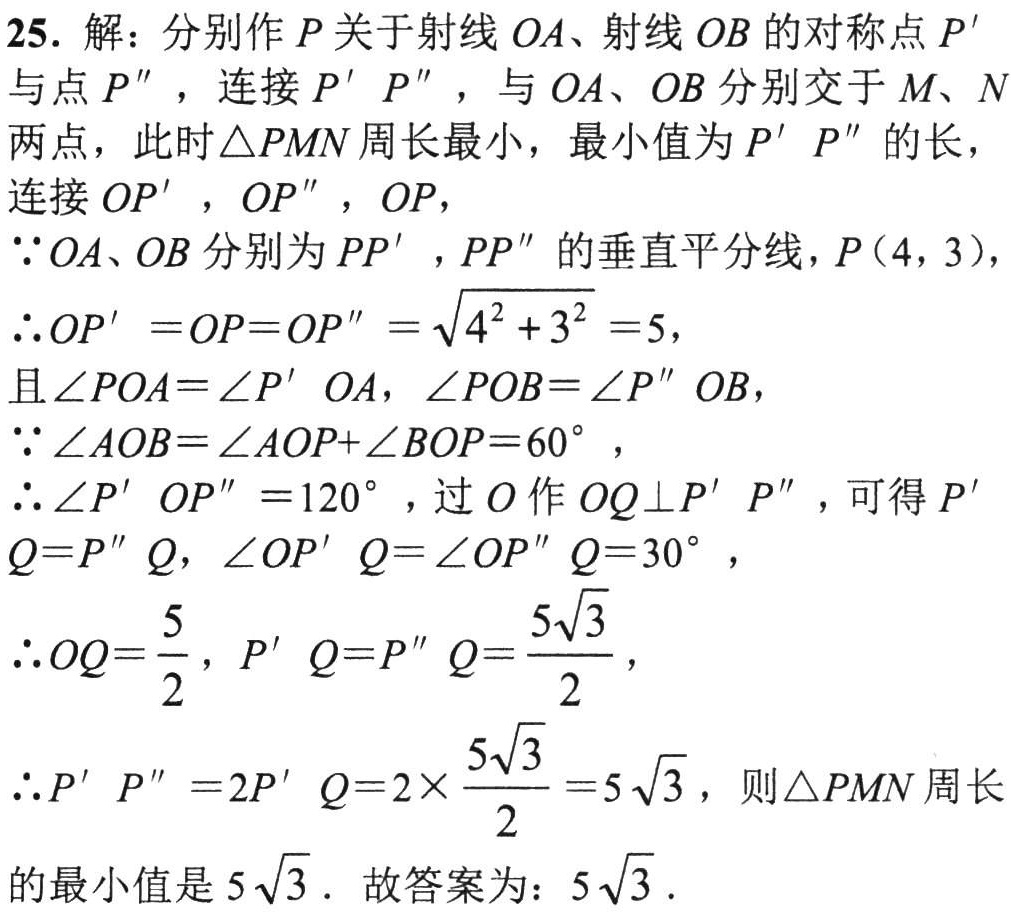
25. 解：分别作 \(P\) 关于射线 \(OA\)、射线 \(OB\) 的对称点 \(P'\) 与点 \(P''\)，连接 \(P'P''\)，与 \(OA\)、\(OB\) 分别交于 \(M\)、\(N\) 两点，此时 \(\triangle PMN\) 周长最小，最小值为 \(P'P''\) 的长，连接 \(OP'\)，\(OP''\)，\(OP\)，

\(\because OA\)、\(OB\) 分别为 \(PP'\)，\(PP''\) 的垂直平分线，\(P(4,3)\)，

\(\therefore OP' = OP = OP''=\sqrt{4^{2}+3^{2}} = 5\)，

且 \(\angle POA=\angle P'OA\)，\(\angle POB=\angle P''OB\)，

\(\because\angle AOB=\angle AOP+\angle BOP = 60^{\circ}\)，

\(\therefore\angle P'OP'' = 120^{\circ}\)，过 \(O\) 作 \(OQ\perp P'P''\)，可得 \(P'Q = P''Q\)，\(\angle OP'Q=\angle OP''Q = 30^{\circ}\)，

\(\therefore OQ=\frac{5}{2}\)，\(P'Q = P''Q=\frac{5\sqrt{3}}{2}\)，

\(\therefore P'P'' = 2P'Q=2\times\frac{5\sqrt{3}}{2}=5\sqrt{3}\)，则 \(\triangle PMN\) 周长的最小值是 \(5\sqrt{3}\)．故答案为：\(5\sqrt{3}\)．